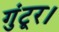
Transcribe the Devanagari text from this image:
गुंटूर।